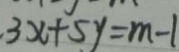
3 x + 5 y = m - 1